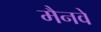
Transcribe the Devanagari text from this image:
मैनवे